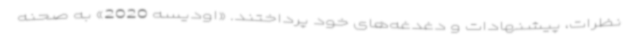
نظرات، پیشنهادات و دغدغه‌های خود پرداختند. «اودیسه 2020» به صحنه